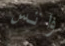
واتس